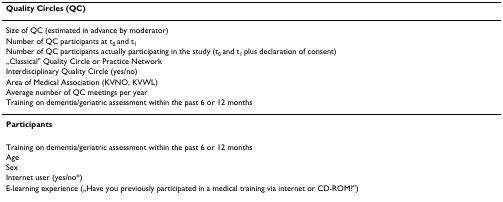
<table><thead><tr><td><b>Quality Circles (QC)</b></td></tr></thead><tbody><tr><td>Size of QC (estimated in advance by moderator)</td></tr><tr><td>Number of QC participants at t<sub>0 </sub>and t<sub>1</sub></td></tr><tr><td>Number of QC participants actually participating in the study (t<sub>0 </sub>and t<sub>1 </sub>plus declaration of consent)</td></tr><tr><td>„Classical&quot; Quality Circle or Practice Network</td></tr><tr><td>Interdisciplinary Quality Circle (yes/no)</td></tr><tr><td>Area of Medical Association (KVNO, KVWL)</td></tr><tr><td>Average number of QC meetings per year</td></tr><tr><td>Training on dementia/geriatric assessment within the past 6 or 12 months</td></tr><tr><td><b>Participants</b></td></tr><tr><td>Training on dementia/geriatric assessment within the past 6 or 12 months</td></tr><tr><td>Age</td></tr><tr><td>Sex</td></tr><tr><td>Internet user (yes/no*)</td></tr><tr><td>E-learning experience („Have you previously participated in a medical training via internet or CD-ROM?&quot;)</td></tr></tbody></table>